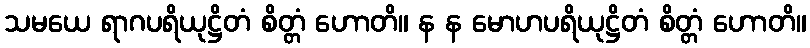
သမယေ ရာဂပရိယုဋ္ဌိတံ စိတ္တံ ဟောတိ။ န န မောဟပရိယုဋ္ဌိတံ စိတ္တံ ဟောတိ။